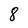
Character: 8